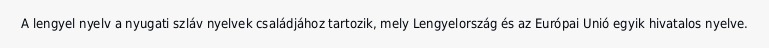
A lengyel nyelv a nyugati szláv nyelvek családjához tartozik, mely Lengyelország és az Európai Unió egyik hivatalos nyelve.